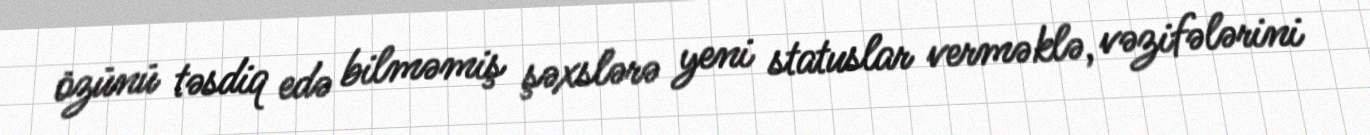
özünü təsdiq edə bilməmiş şəxslərə yeni statuslar verməklə, vəzifələrini